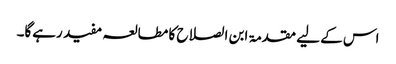
اس کے لیے مقدمۃ ابن الصلاح کا مطالعہ مفید رہےگا۔